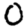
Digit: 0